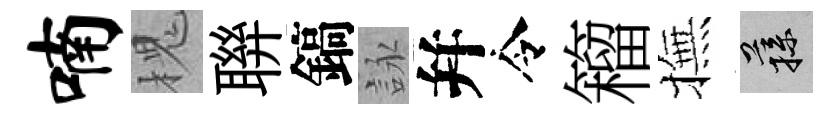
喃槐聨鎬詠幷令籕撫蓀